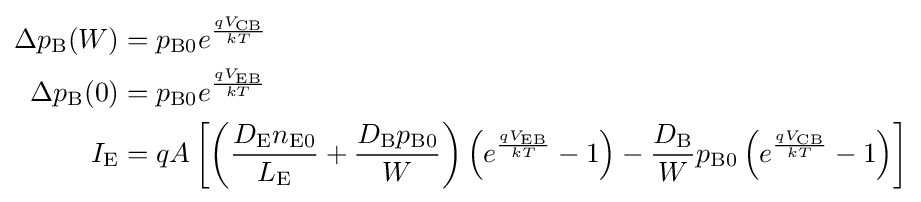
{\begin{aligned}\Delta p_{\text{B}}(W)&=p_{{\text{B}}0}e^{\frac {qV_{\text{CB}}}{kT}}\\\Delta p_{\text{B}}(0)&=p_{{\text{B}}0}e^{\frac {qV_{\text{EB}}}{kT}}\\I_{\text{E}}&=qA\left[\left({\frac {D_{\text{E}}n_{{\text{E}}0}}{L_{\text{E}}}}+{\frac {D_{\text{B}}p_{{\text{B}}0}}{W}}\right)\left(e^{\frac {qV_{\text{EB}}}{kT}}-1\right)-{\frac {D_{\text{B}}}{W}}p_{{\text{B}}0}\left(e^{\frac {qV_{\text{CB}}}{kT}}-1\right)\right]\end{aligned}}